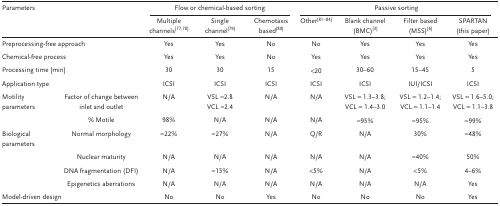
<table><thead><tr><td colspan="2"><b>Parameters</b></td><td colspan="3"><b>Flow or chemical‐based sorting</b></td><td colspan="4"><b>Passive sorting</b></td></tr><tr><td></td><td></td><td><b>Multiple channels77, 78</b></td><td><b>Single channel79</b></td><td><b>Chemotaxis based80</b></td><td><b>Other81, 82, 83, 84</b></td><td><b>Blank channel (BMC)3</b></td><td><b>Filter based (MSS)6</b></td><td><b>SPARTAN (this paper)</b></td></tr></thead><tbody><tr><td colspan="2">Preprocessing‐free approach</td><td>Yes</td><td>Yes</td><td>No</td><td>No</td><td>Yes</td><td>Yes</td><td>Yes</td></tr><tr><td colspan="2">Chemical‐free process</td><td>Yes</td><td>Yes</td><td>No</td><td>Yes</td><td>Yes</td><td>Yes</td><td>Yes</td></tr><tr><td colspan="2">Processing time [min]</td><td>30</td><td>30</td><td>15</td><td>&lt;20</td><td>30–60</td><td>15–45</td><td>5</td></tr><tr><td colspan="2">Application type</td><td>ICSI</td><td>ICSI</td><td>ICSI</td><td>ICSI</td><td>ICSI</td><td>IUI/ICSI</td><td>ICSI</td></tr><tr><td>Motility parameters</td><td>Factor of change between inlet and outlet</td><td>N/A</td><td>VSL ≈2.8 VCL ≈2.4</td><td>N/A</td><td>N/A</td><td>VSL = 1.3–3.8; VCL = 1.4–3.0</td><td>VSL = 1.2–1.4; VCL = 1.1–1.4</td><td>VSL = 1.6–5.0; VCL = 1.1–3.8</td></tr><tr><td></td><td>% Motile</td><td>98%</td><td>N/A</td><td>N/A</td><td>N/A</td><td>≈95%</td><td>≈95%</td><td>≈99%</td></tr><tr><td>Biological parameters</td><td>Normal morphology</td><td>≈22%</td><td>≈27%</td><td>N/A</td><td>Q/R</td><td>N/A</td><td>30%</td><td>≈48%</td></tr><tr><td></td><td>Nuclear maturity</td><td>N/A</td><td>N/A</td><td>N/A</td><td>N/A</td><td>N/A</td><td>≈40%</td><td>50%</td></tr><tr><td></td><td>DNA fragmentation (DFI)</td><td>N/A</td><td>≈15%</td><td>N/A</td><td>&lt;5%</td><td>N/A</td><td>&lt;5%</td><td>4–6%</td></tr><tr><td></td><td>Epigenetics aberrations</td><td>N/A</td><td>N/A</td><td>N/A</td><td>N/A</td><td>N/A</td><td>N/A</td><td>Yes</td></tr><tr><td colspan="2">Model‐driven design</td><td>No</td><td>No</td><td>Yes</td><td>No</td><td>No</td><td>No</td><td>Yes</td></tr></tbody></table>